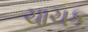
ચાચક